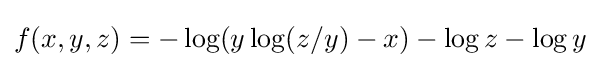
f(x,y,z)=-\log(y\log(z/y)-x)-\log z-\log y